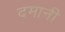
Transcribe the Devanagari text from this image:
दमानी